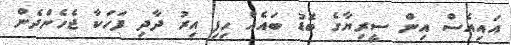
އައިއެސް އިން ސީރިޔާގެ ބޮޑު ބައެއް ހިފި އިރު ދާދި ފަހަކާ ޖެހެންދެން